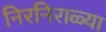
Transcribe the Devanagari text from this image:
निरनिराळ्या